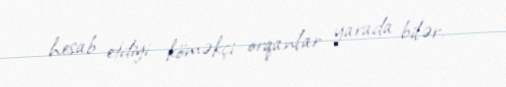
hesab etdiyi köməkçi orqanlar yarada bilər.